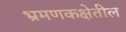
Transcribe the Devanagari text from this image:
भ्रमणकक्षेतील